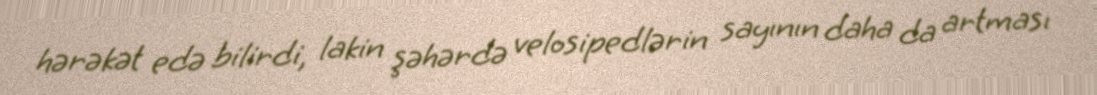
hərəkət edə bilirdi, lakin şəhərdə velosipedlərin sayının daha da artması